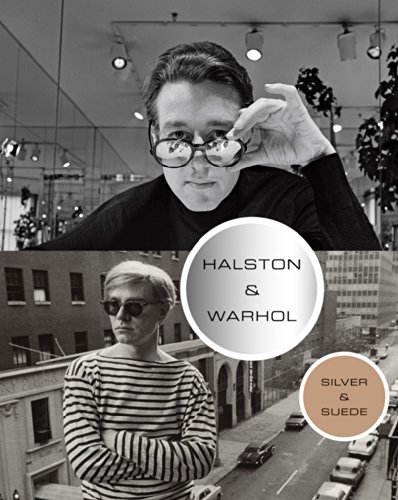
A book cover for Halston and Warhol: Silver and Suede; The Andy Warhol Museum; Arts & Photography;